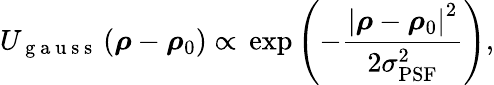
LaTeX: U_{\mathrm{~g~a~u~s~s~}}\left(\boldsymbol{\rho}-\boldsymbol{\rho}_{0}\right)\propto\, \exp\left(-\frac{\left|\boldsymbol{\rho}-\boldsymbol{\rho}_{0}\right|^{2}}{2\sigma_{\mathrm{PSF}}^{2}}\right),